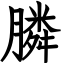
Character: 膦